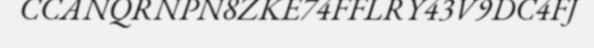
CCANQRNPN8ZKE74FFLRY43V9DC4FJ